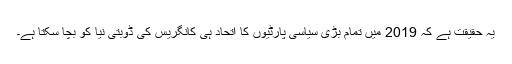
یہ حقیقت ہے کہ 2019 میں تمام بڑی سیاسی پارٹیوں کا اتحاد ہی کانگریس کی ڈوبتی نیا کو بچا سکتا ہے۔